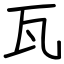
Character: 瓦